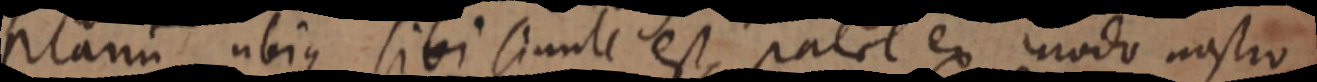
planum ubius sibi simule est patet ex modo nostro